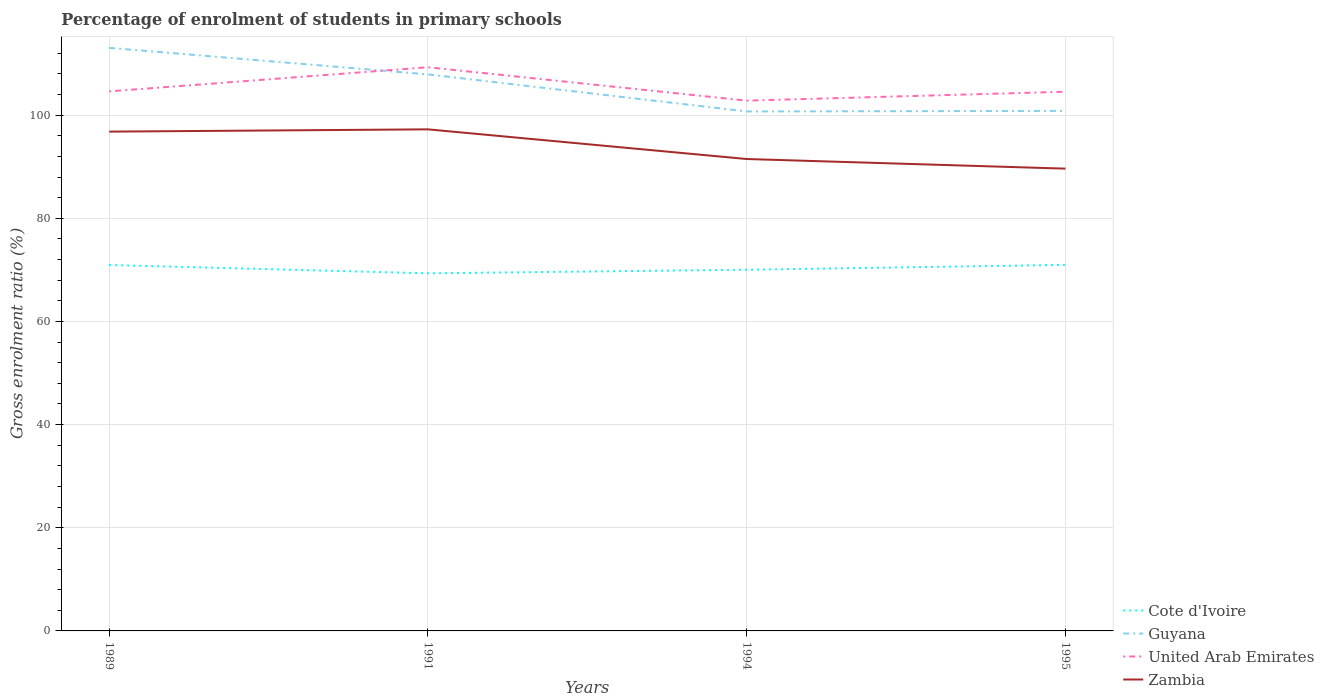
| Years | Cote d'Ivoire | Guyana | United Arab Emirates | Zambia |
 | --- | --- | --- | --- | --- |
 | 1989 | 70.9 | 113 | 105 | 96.8 |
 | 1991 | 69.3 | 108 | 109 | 97.3 |
 | 1994 | 70 | 101 | 103 | 91.5 |
 | 1995 | 71 | 101 | 105 | 89.6 |